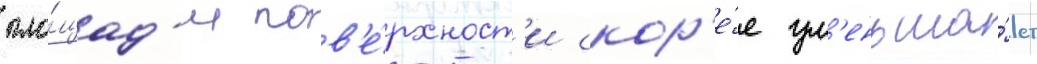
пло́щад'и пов'е́рхност'и скор'е́е ум'еньша́ет